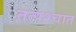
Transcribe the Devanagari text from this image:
तत्‍पश्‍चात